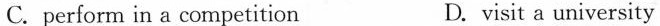
C.perform in a competition D.visit a university